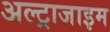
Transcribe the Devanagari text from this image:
अल्ट्राजाइम